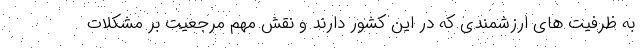
به ظرفیت های ارزشمندی که در این کشور دارند و نقش مهم مرجعیت بر مشکلات